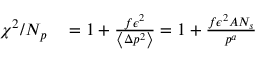
\begin{array} { r l } { \chi ^ { 2 } / N _ { p } } & { { } = 1 + \frac { f \epsilon ^ { 2 } } { \left\langle \Delta p ^ { 2 } \right\rangle } = 1 + \frac { f \epsilon ^ { 2 } A N _ { s } } { p ^ { a } } } \end{array}